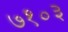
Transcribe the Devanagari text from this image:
७१०३